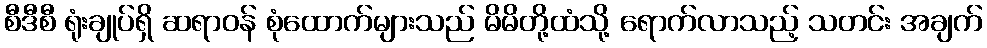
စီဒီစီ ရုံးချုပ်ရှိ ဆရာဝန် စုံထောက်များသည် မိမိတို့ထံသို့ ရောက်လာသည့် သတင်း အချက်